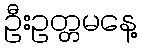
ဦးဥတ္တမနေ့